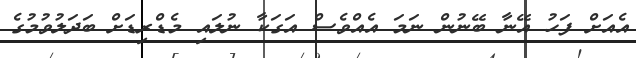
އެއަށް ފަހު އޭނާ ބޭނުން ނަމަ އެއްވެސް އަގަކާ ނުލައި މެޑްރިޑަށް ބަދަލުވުމުގެ